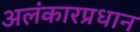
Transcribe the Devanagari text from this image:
अलंकारप्रधान